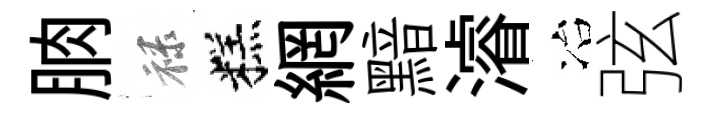
朒禄糕網黯濬冶弦